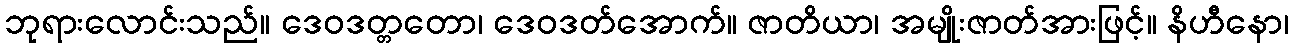
ဘုရားလောင်းသည်။ ဒေဝဒတ္တတော၊ ဒေဝဒတ်အောက်။ ဇာတိယာ၊ အမျိုးဇာတ်အားဖြင့်။ နိဟီနော၊